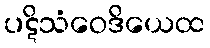
ပဋိသံဝေဒိယေထ